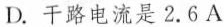
D.干路电流是2.6A